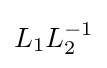
L_{1}L_{2}^{-1}